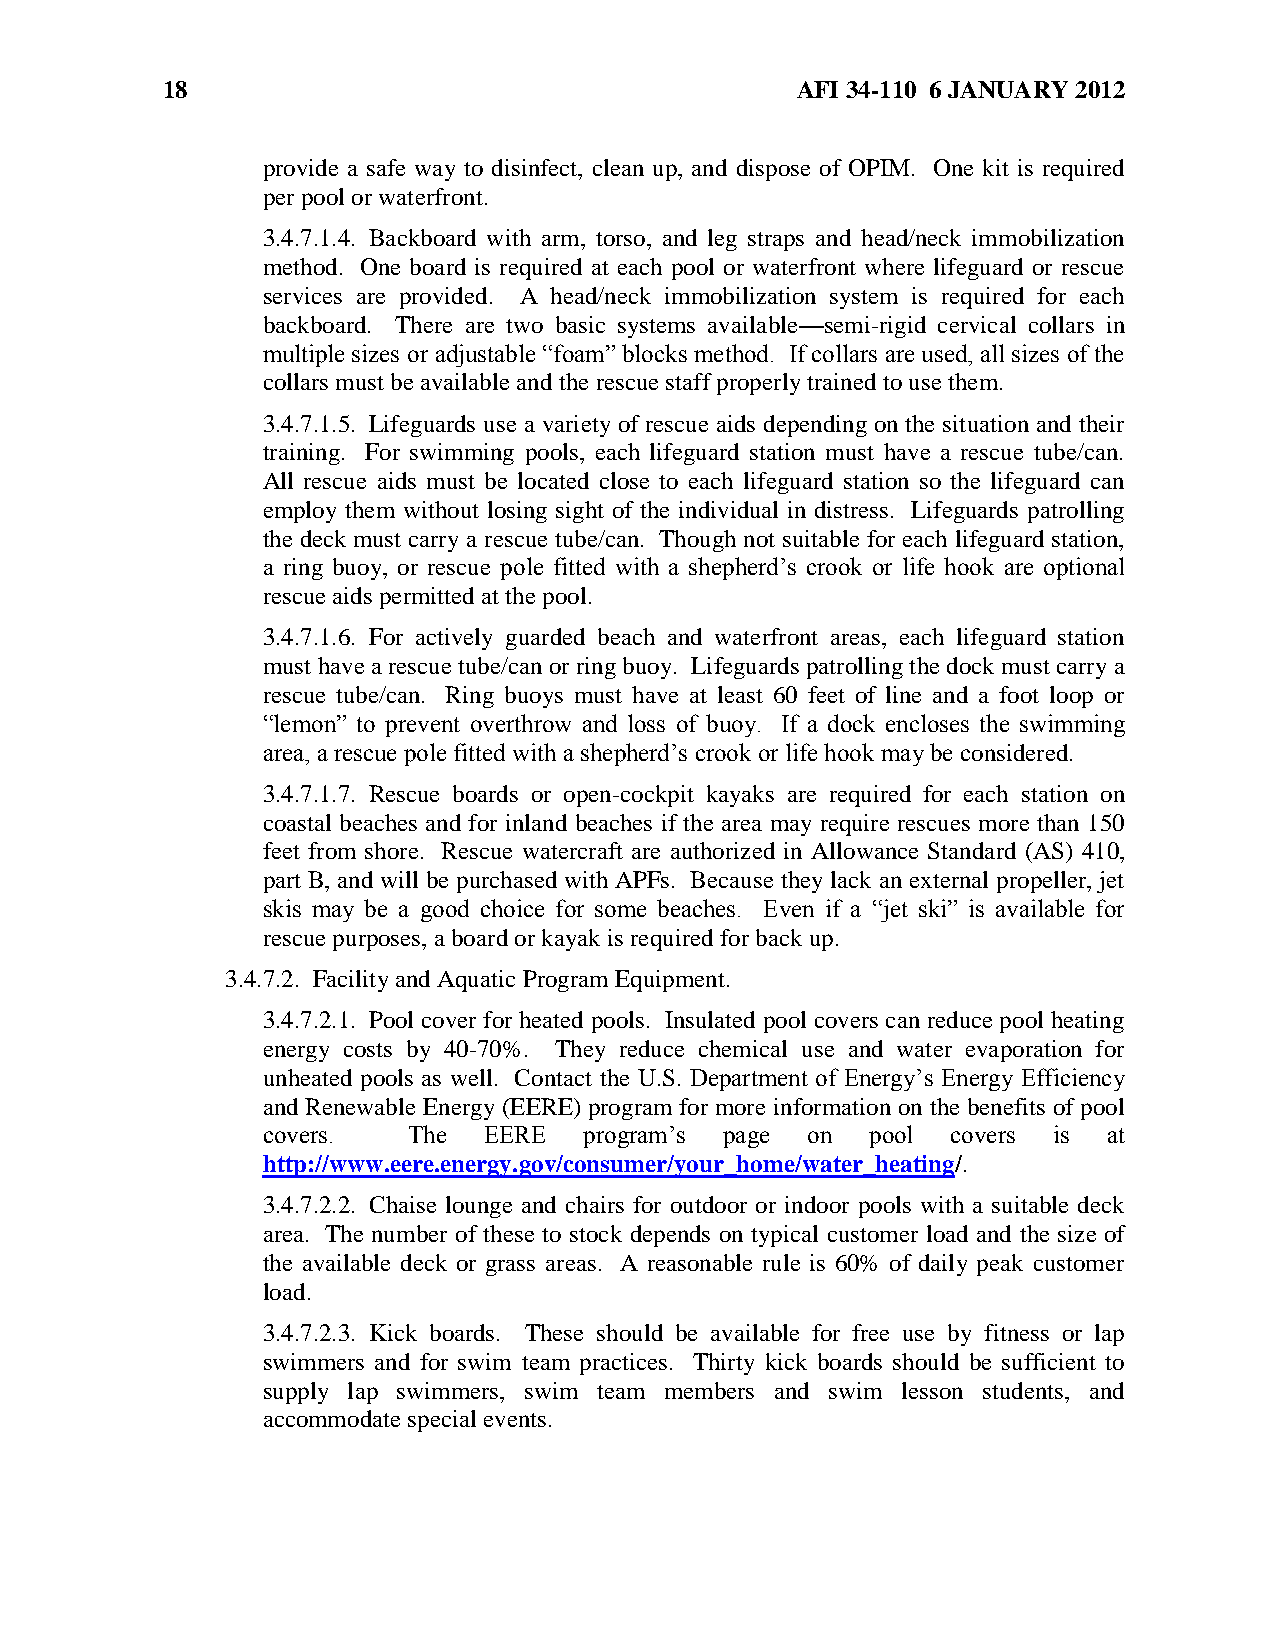
18                                        AFI 34-110 6 JANUARY 2012
 provide a safe way to disinfect, clean up, and dispose of OPIM. One kit is required
 per pool or waterfront.
 3.4.7.1.4. Backboard with arm, torso, and leg straps and head/neck immobilization
 method. One board is required at each pool or waterfront where lifeguard or rescue
 services are provided. A head/neck immobilization system is required for each
 backboard. There are two basic systems available—semi-rigid cervical collars in
 multiple sizes or adjustable ―foam‖ blocks method. If collars are used, all sizes of the
 collars must be available and the rescue staff properly trained to use them.
 3.4.7.1.5. Lifeguards use a variety of rescue aids depending on the situation and their
 training. For swimming pools, each lifeguard station must have a rescue tube/can.
 All rescue aids must be located close to each lifeguard station so the lifeguard can
 employ them without losing sight of the individual in distress. Lifeguards patrolling
 the deck must carry a rescue tube/can. Though not suitable for each lifeguard station,
 a ring buoy, or rescue pole fitted with a shepherd’s crook or life hook are optional
 rescue aids permitted at the pool.
 3.4.7.1.6. For actively guarded beach and waterfront areas, each lifeguard station
 must have a rescue tube/can or ring buoy. Lifeguards patrolling the dock must carry a
 rescue tube/can. Ring buoys must have at least 60 feet of line and a foot loop or
 ―lemon‖ to prevent overthrow and loss of buoy. If a dock encloses the swimming
 area, a rescue pole fitted with a shepherd’s crook or life hook may be considered.
 3.4.7.1.7. Rescue boards or open-cockpit kayaks are required for each station on
 coastal beaches and for inland beaches if the area may require rescues more than 150
 feet from shore. Rescue watercraft are authorized in Allowance Standard (AS) 410,
 part B, and will be purchased with APFs. Because they lack an external propeller, jet
 skis may be a good choice for some beaches. Even if a ―jet ski‖ is available for
 rescue purposes, a board or kayak is required for back up.
 3.4.7.2. Facility and Aquatic Program Equipment.
 3.4.7.2.1. Pool cover for heated pools. Insulated pool covers can reduce pool heating
 energy costs by 40-70%. They reduce chemical use and water evaporation for
 unheated pools as well. Contact the U.S. Department of Energy’s Energy Efficiency
 and Renewable Energy (EERE) program for more information on the benefits of pool
 covers.   The  EERE   program’s page on  pool covers is at
 http://www.eere.energy.gov/consumer/your_home/water_heating/.
 3.4.7.2.2. Chaise lounge and chairs for outdoor or indoor pools with a suitable deck
 area. The number of these to stock depends on typical customer load and the size of
 the available deck or grass areas. A reasonable rule is 60% of daily peak customer
 load.
 3.4.7.2.3. Kick boards. These should be available for free use by fitness or lap
 swimmers and for swim team practices. Thirty kick boards should be sufficient to
 supply lap swimmers, swim team members and swim lesson students, and
 accommodate special events.